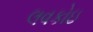
લવકોઇ